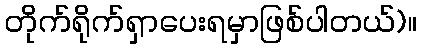
တိုက်ရိုက်ရှာပေးရမှာဖြစ်ပါတယ်)။